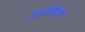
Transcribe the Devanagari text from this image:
उल्केचा